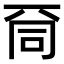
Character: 𠀹